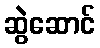
ဆွဲဆောင်